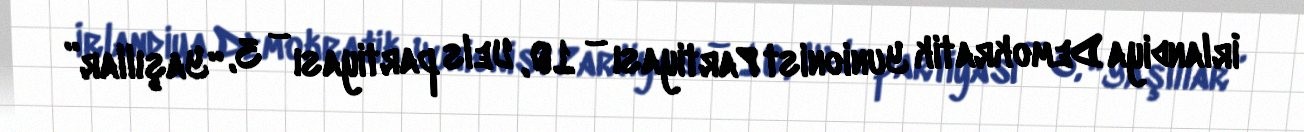
İrlandiya Demokratik Yunionist Partiyası – 10, Uels partiyası – 3, “Yaşıllar”